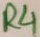
Text: R4